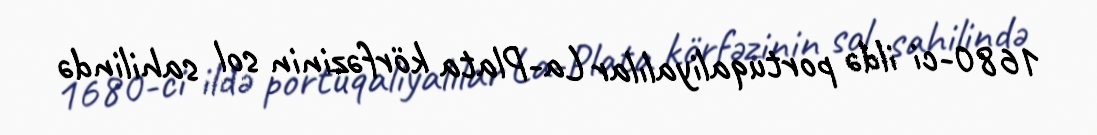
1680-ci ildə portuqaliyalılar La-Plata körfəzinin sol sahilində